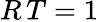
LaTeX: R\, T=1